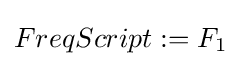
FreqScript:=F_{1}